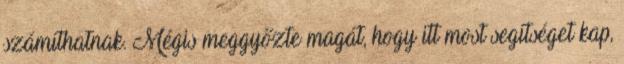
számíthatnak. Mégis meggyőzte magát, hogy itt most segítséget kap,